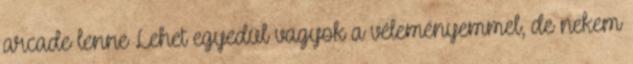
arcade lenne Lehet egyedül vagyok a véleményemmel, de nekem